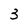
Character: 3